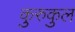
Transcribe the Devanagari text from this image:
कुरुकुल